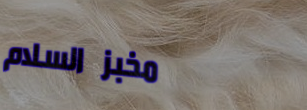
مخبز السلام